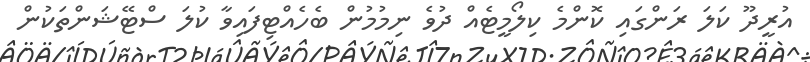
އުރީދޫ ކަލަ ރަންގައި ކޮންމެ ކިލޯމީޓެއް ދުވެ ނިމުމުން ބެހެއްޓިފައިވާ ކުލަ ސްޓޭޝަންތަކުން